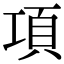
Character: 項